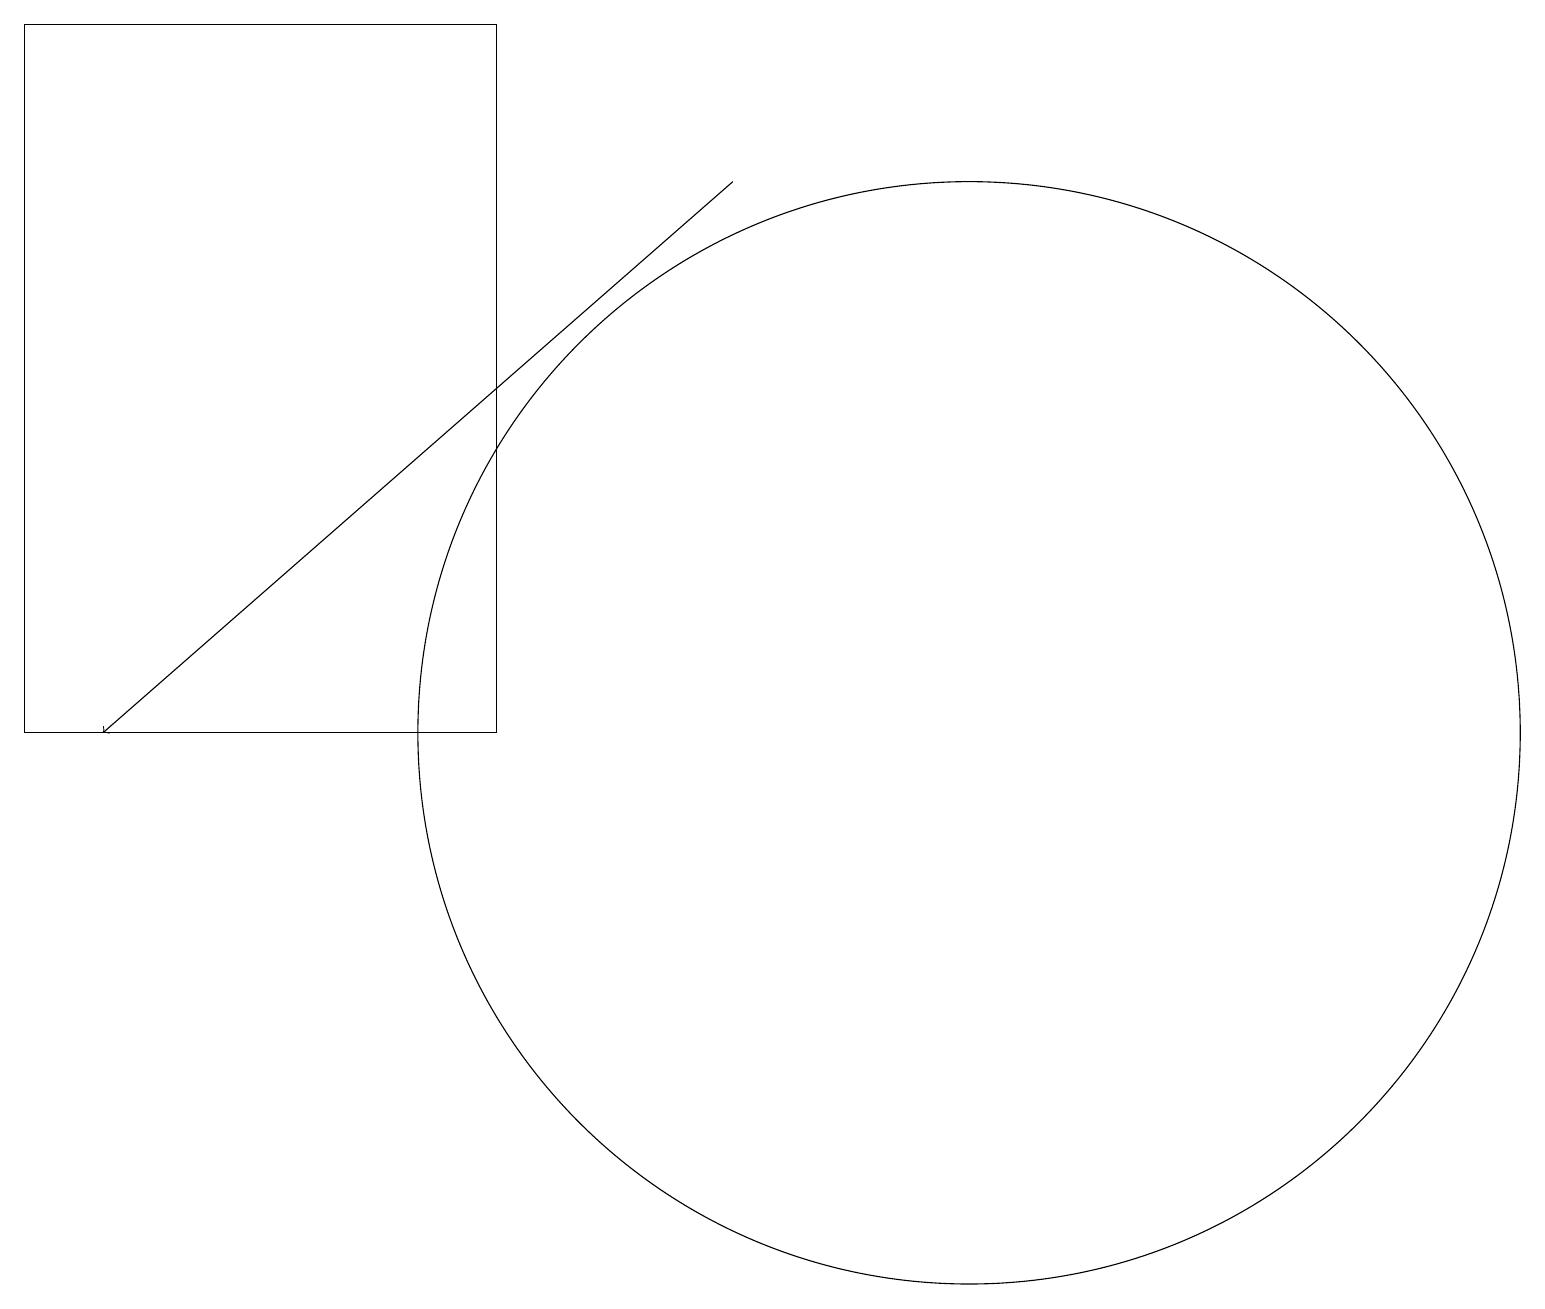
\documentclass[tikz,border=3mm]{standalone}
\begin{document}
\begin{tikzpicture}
\draw (0,19) rectangle (6,10);
\draw[->] (9,17) -- (1,10);
\draw (12,10) circle (7);
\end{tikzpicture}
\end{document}